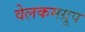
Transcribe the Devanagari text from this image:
वेलकमग्रूप